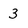
Character: 3